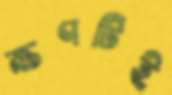
ক্ষণটিই